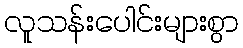
လူသန်းပေါင်းများစွာ